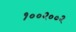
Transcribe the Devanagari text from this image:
१००२००२